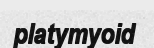
platymyoid